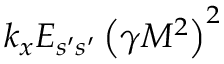
k _ { x } E _ { s ^ { \prime } s ^ { \prime } } \left( \gamma M ^ { 2 } \right) ^ { 2 }